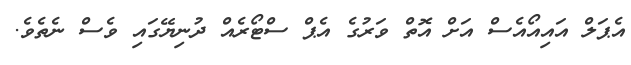
އެޕަލް އައިއޯއެސް އަށް އޮތް ވަރުގެ އެޕް ސްޓޯރެއް ދުނިޔޭގައި ވެސް ނެތެވެ.